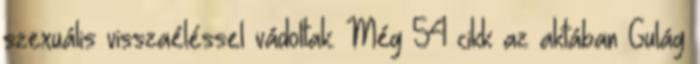
szexuális visszaéléssel vádoltak. Még 54 cikk az aktában Gulág